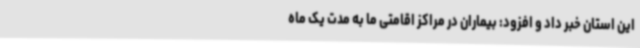
این استان خبر داد و افزود: بیماران در مراکز اقامتی ما به مدت یک ماه